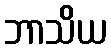
ဘာသိယ